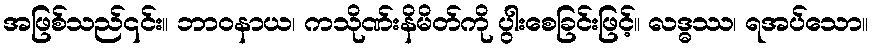
အဖြစ်သည်၎င်း။ ဘာဝနာယ၊ ကသိုဏ်းနိမိတ်ကို ပွါးစေခြင်းဖြင့်။ လဒ္ဓဿ၊ ရအပ်သော။